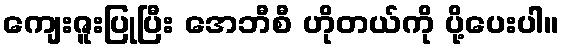
ကျေးဇူးပြုပြီး အေဘီစီ ဟိုတယ်ကို ပို့ပေးပါ။